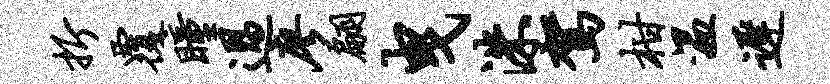
折覆瞳过廖翩曳洙驾柑温迟